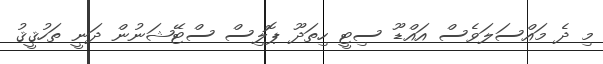
މި ދެ މައްސަލަވެސް އައްޑޫ ސިޓީ ހިތަދޫ ޕޮލިސް ސްޓޭޝަނުން ދަނީ ތަހުޤީޤު